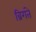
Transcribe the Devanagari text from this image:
ब्रिगंते